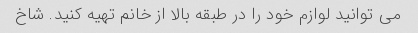
می توانید لوازم خود را در طبقه بالا از خانم تهیه کنید. شاخ